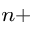
^ { n + }